Indian journal of veterinary science and animal husbandry - Volume 7,
Year: 1937
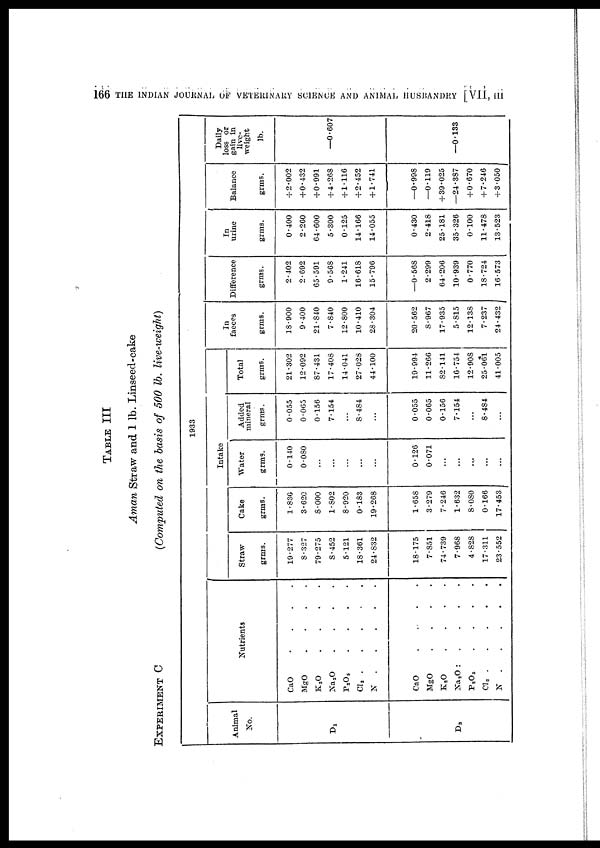
166 THE INDIAN JOURNAL OF VETERINARY SCIENCE AND ANIMAL HUSBANDRY [VII, III
TABLE III
Aman Straw and 1 lb. Linseed-cake
EXPERIMENT C
{Computed on the basis of 500 lb. live-weight)
Animal
NO.
D 1
D 3
Nutrients
CaO
MgO
.
.
.
.
K 2 O
.
.
.
.
Na 2 O
.
.
.
.
P 2 O 5 . . . .
CI 2 . . . .
N
.
.
.
.
CaO . . . .
MgO
.
.
.
.
K 2 O
.
.
.
.
Na 3 O . . . .
P 2 O 5
.
.
.
.
CI
2
.
.
.
.
N
.
.
.
.
1933
Intake
Straw
grms.
19.277
8.327
79.275
8.452
5.121
18.361
24.832
18.175
7.851
74.739
7.968
4.828
17.311
23.552
Cake
grms.
1.836
3.620
8.000
1.802
8.920
0.183
19.268
1.658
3.279
7.246
1.632
8.080
0.166
17.453
Water
grms.
0.140
0.080
...
...
...
...
...
0.126
0.071
...
...
...
...
...
Added
mineral
grms.
0.055
0.065
0.156
7.154
...
8.484
...
0.055
0.065
0.156
7.154
...
8.484
...
Total
grms.
21.302
12.092
87.431
17.408
14.041
27.028
44.100
19.994
11.266
82.141
16.754
12.908
25.061
41.005
In
faeces
grms.
18.900
9.400
21.840
7.840
12.800
10.410
28.304
20.562
8.967
17.935
5.815
12.138
7.237
24.432
Difference
grms.
2.402
2.692
65.591
9.568
1.241
16.618
15.796
—0.568
2.299
64.206
10.939
0.770
18.724
16.573
In
urine
grms.
0.400
2.260
64.600
5.300
0.125
14.166
14.055
0.430
2.418
25.181
35.326
0.100
11.478
13.523
Balance
grms.
+ 2.002
+ 0.432
+0.991
+ 4.268
+ 1.116
+ 2.452
+ 1.741
—0.998
—0.119
+ 39.025
—24.387
+ 0.670
+ 7.246
+ 3.050
Daily
gain in
live.
weight
lb.
—0.607
—0.133